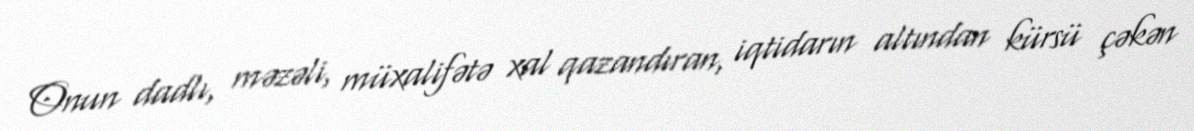
Onun dadlı, məzəli, müxalifətə xal qazandıran, iqtidarın altından kürsü çəkən